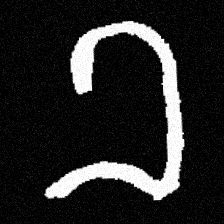
Pyu character \u2014 Myanmar letter: ခ (romanized: kha)